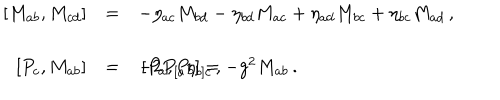
\begin{array} { r c l } { { \left[ M _ { a b } , M _ { c d } \right] } } & { { = } } & { { - \eta _ { a c } M _ { b d } - \eta _ { b d } M _ { a c } + \eta _ { a d } M _ { b c } + \eta _ { b c } M _ { a d } \, , } } \\ { { } } & { { } } & { { } } \\ { { \left[ P _ { c } , M _ { a b } \right] } } & { { = } } & { { - 2 P _ { [ a } \eta _ { b ] c } \, , \hspace { 1 . 5 c m } \left[ P _ { a } , P _ { b } \right] = - g ^ { 2 } M _ { a b } \, . } } \\ \end{array}